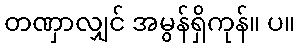
တဏှာလျှင် အမွန်ရှိကုန်။ ပ။